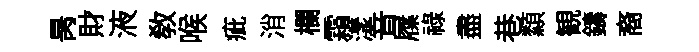
昺財液教喉疵消欄霜漾音屧禄盡巷纇観鑄裔